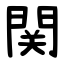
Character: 関